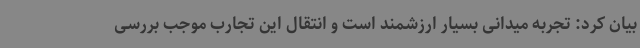
بیان کرد: تجربه میدانی بسیار ارزشمند است و انتقال این تجارب موجب بررسی